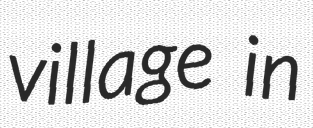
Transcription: village in